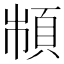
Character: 𩒌